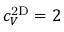
c _ { V } ^ { \mathrm { 2 D } } = 2